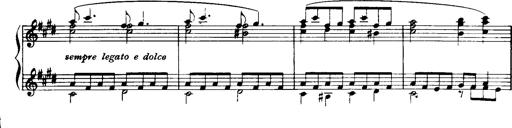
Title: Historische ungarische Bildnisse
Composer: Franz Liszt